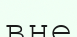
вне